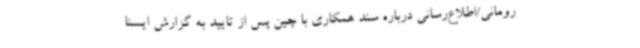
رومانی/اطلاع‌رسانی درباره سند همکاری با چین پس از تایید به گزارش ایسنا